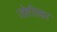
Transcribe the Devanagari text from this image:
जोशीलकर